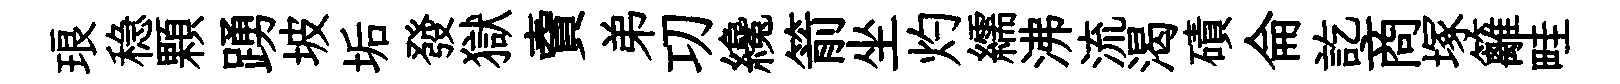
琅稳顆踴坡垢發獄𧶠弟㓛纔箭坐灼繻沸流渴磧侖訖商塚籬畦